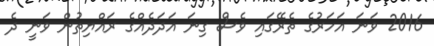
2016 ވަނަ އަހަރުގެ ތެރޭގައި ވެސް ގިނަ އަދަދެއްގެ ރައްޔިތުން ވަނީ ދެ